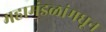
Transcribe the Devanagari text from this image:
महामंडळांमधून